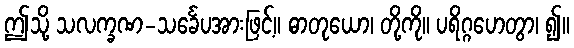
ဤသို့ သလက္ခဏ-သင်္ခေပအားဖြင့်။ ဓာတုယော၊ တို့ကို။ ပရိဂ္ဂဟေတွာ၊ ၍။